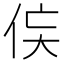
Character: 𬾃